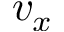
v _ { x }